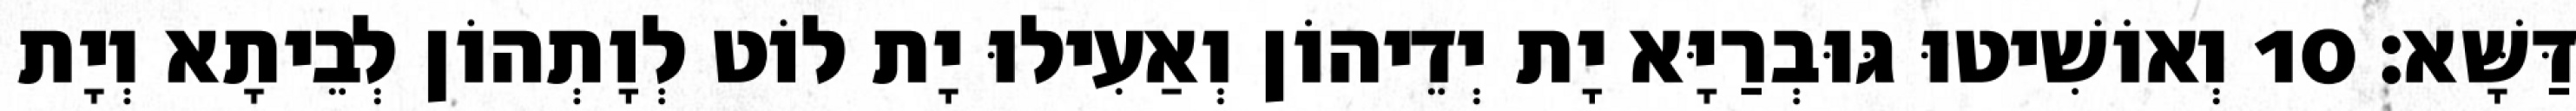
דַּשָּׁא׃ 10 וְאוֹשִׁיטוּ גּוּבְרַיָּא יָת יְדֵיהוֹן וְאַעִילוּ יָת לוֹט לְוָתְהוֹן לְבֵיתָא וְיָת